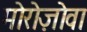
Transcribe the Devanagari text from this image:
मोरोज़ोवा